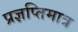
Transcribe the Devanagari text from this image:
प्रज्ञप्तिमात्र